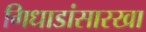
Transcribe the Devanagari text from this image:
गिधाडांसारखा